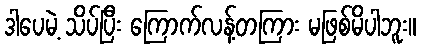
ဒါပေမဲ့ သိပ်ပြီး ကြောက်လန့်တကြား မဖြစ်မိပါဘူး။